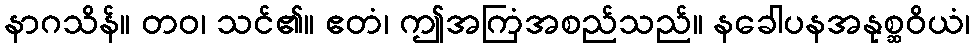
နာဂသိန်။ တဝ၊ သင်၏။ ဧတံ၊ ဤအကြံအစည်သည်။ နခေါပနအနုစ္ဆဝိယံ၊